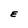
Character: E